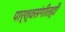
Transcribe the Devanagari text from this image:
पार्श्वसंगीतही